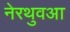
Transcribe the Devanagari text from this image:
नेरथुवआ